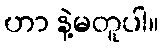
ဟာ နဲ့မတူပါ။